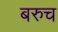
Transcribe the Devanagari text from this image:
बरुच